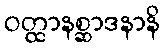
ဝတ္ထာနစ္ဆာဒနာနိ